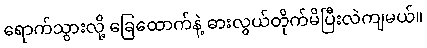
ရောက်သွားလို့ ခြေထောက်နဲ့ ဓားလွယ်တိုက်မိပြီးလဲကျမယ်။